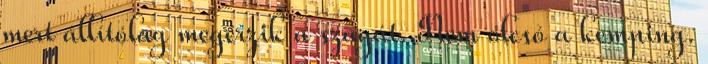
mert állítólag megérzik a szagát. Nem olcsó a kemping.